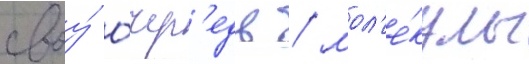
своу́ о́чер'едь / мол'е́кулы